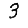
Digit: 3